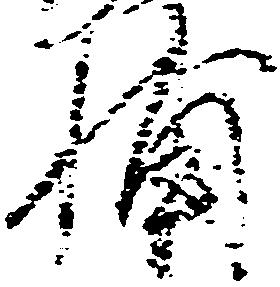
輔